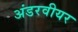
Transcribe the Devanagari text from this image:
अंडरवीयर